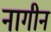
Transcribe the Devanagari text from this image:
नागीन